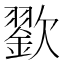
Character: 𣤪